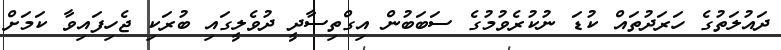
ދައުލަތުގެ ހަރަދުތައް ކުޑަ ނުކުރެވުމުގެ ސަބަބުން އިގްތިސާދީ ދުވެލީގައި ބުރަކި ޖެހިފައިވާ ކަމަށް